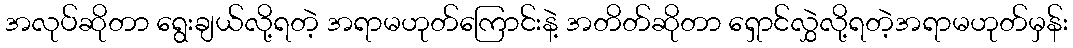
အလုပ်ဆိုတာ ရွေးချယ်လို့ရတဲ့ အရာမဟုတ်ကြောင်းနဲ့ အတိတ်ဆိုတာ ရှောင်လွှဲလို့ရတဲ့အရာမဟုတ်မှန်း